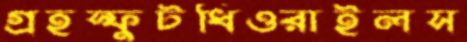
গ্রহস্ফুটধিওরাইলস